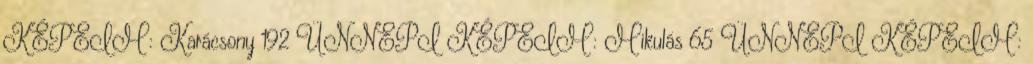
KÉPEIM: Karácsony 192 ÜNNEPI KÉPEIM: Mikulás 65 ÜNNEPI KÉPEIM: